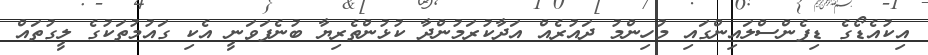
އިކުއެޑޯގެ ޑިފެންސްލައިންގައި މުހިންމު ދައުރެއް އަދާކުރަމުންދާ ކުޅުންތެރިޔާ ބުނެފަވަނީ އެކި ގައުމުތަކުގެ ލީގުތައް